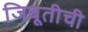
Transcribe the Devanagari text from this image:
जिबूतीची